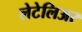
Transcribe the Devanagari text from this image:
लेटेलिअर